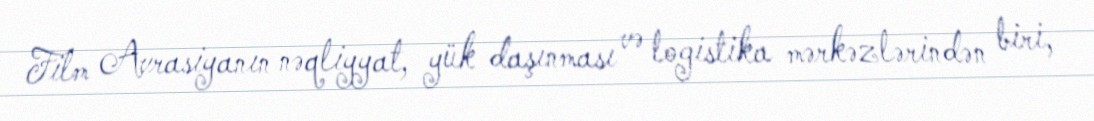
Film Avrasiyanın nəqliyyat, yük daşınması və logistika mərkəzlərindən biri,